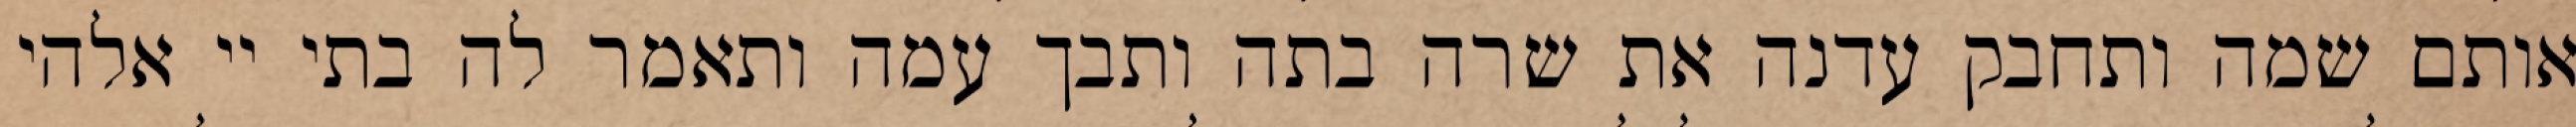
אותם שמה ותחבק עדנה את שרה בתה ותבך עמה ותאמר לה בתי יי אלהי